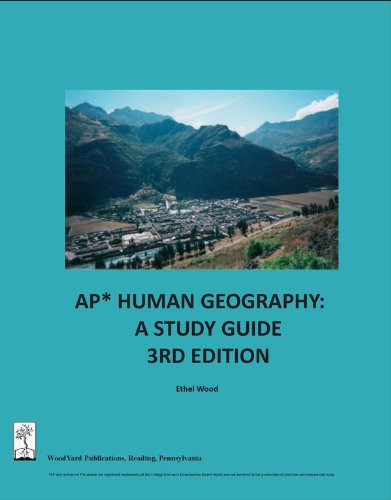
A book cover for AP Human Geography: A Study Guide, 3rd edition; Ethel Wood; Politics & Social Sciences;